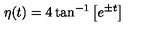
\eta ( t ) = 4 \tan ^ { - 1 } \left[ e ^ { \pm t } \right]